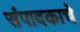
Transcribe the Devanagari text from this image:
संपादकाचे